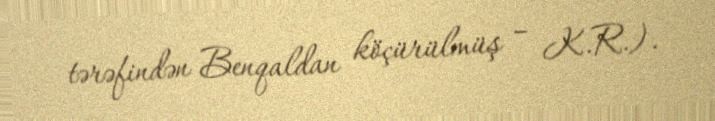
tərəfindən Benqaldan köçürülmüş – K.R.).